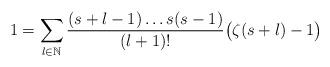
LaTeX: \begin{align*} 1 = \sum_{l \in \mathbb{N}} \frac{(s+l-1) \ldots s(s-1)}{(l+1)!} \big(\zeta(s+l) - 1 \big) \end{align*}